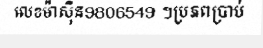
លេខម៉ាស៊ិន9806549 ។ប្រភពប្រាប់